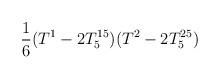
LaTeX: \begin{align*}\frac{1}{6}(T^{1}-2T_{5}^{15})(T^{2}-2T_{5}^{25})\end{align*}